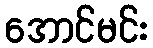
အောင်မင်း